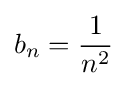
b_{n}={\frac {1}{n^{2}}}